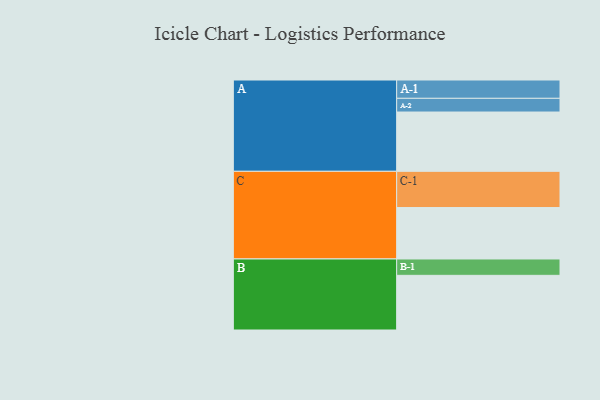
{"axis": {"x": "Segment", "y": "Value"}, "legend": ["", "A", "B", "C"], "data": [{"x": "A", "y": 424, "type": ""}, {"x": "B", "y": 391, "type": ""}, {"x": "C", "y": 368, "type": ""}, {"x": "A-1", "y": 131, "type": "A"}, {"x": "A-2", "y": 98, "type": "A"}, {"x": "B-1", "y": 117, "type": "B"}, {"x": "C-1", "y": 259, "type": "C"}]}